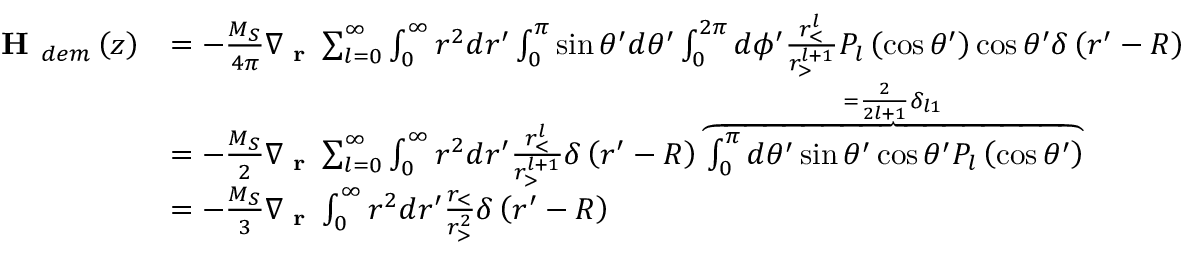
\begin{array} { r l } { \textbf { H } _ { d e m } \left( z \right) } & { = - \frac { M _ { S } } { 4 \pi } \nabla _ { \textbf { r } } \sum _ { l = 0 } ^ { \infty } \int _ { 0 } ^ { \infty } r ^ { 2 } d r ^ { \prime } \int _ { 0 } ^ { \pi } \sin \theta ^ { \prime } d \theta ^ { \prime } \int _ { 0 } ^ { 2 \pi } d \phi ^ { \prime } \frac { r _ { < } ^ { l } } { r _ { > } ^ { l + 1 } } P _ { l } \left( \cos \theta ^ { \prime } \right) \cos \theta ^ { \prime } \delta \left( r ^ { \prime } - R \right) } \\ & { = - \frac { M _ { S } } { 2 } \nabla _ { \textbf { r } } \sum _ { l = 0 } ^ { \infty } \int _ { 0 } ^ { \infty } r ^ { 2 } d r ^ { \prime } \frac { r _ { < } ^ { l } } { r _ { > } ^ { l + 1 } } \delta \left( r ^ { \prime } - R \right) \overset { = \frac { 2 } { 2 l + 1 } \delta _ { l 1 } } { \overbrace { \int _ { 0 } ^ { \pi } d \theta ^ { \prime } \sin \theta ^ { \prime } \cos \theta ^ { \prime } P _ { l } \left( \cos \theta ^ { \prime } \right) } } } \\ & { = - \frac { M _ { S } } { 3 } \nabla _ { \textbf { r } } \int _ { 0 } ^ { \infty } r ^ { 2 } d r ^ { \prime } \frac { r _ { < } } { r _ { > } ^ { 2 } } \delta \left( r ^ { \prime } - R \right) } \end{array}